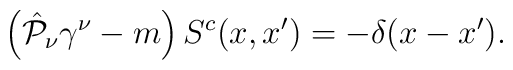
\left( \hat{{\cal P}}_{\nu} \gamma^{\nu} - m \right)S^c(x,x')=-\delta(x-x').